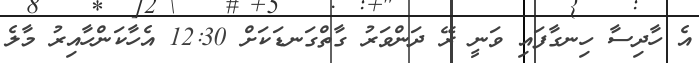
އެ ހާދިސާ ހިނގާފައި ވަނީ ރޭ ދަންވަރު ގާތްގަނޑަކަށް 12:30 އެހާކަންހާއިރު މާލެ